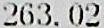
263.02